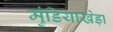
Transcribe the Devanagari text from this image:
मुंडियाखेड़ा